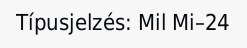
Típusjelzés: Mil Mi–24